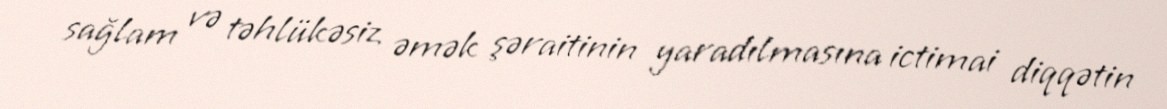
sağlam və təhlükəsiz əmək şəraitinin yaradılmasına ictimai diqqətin